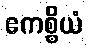
ဧကစ္စိယံ